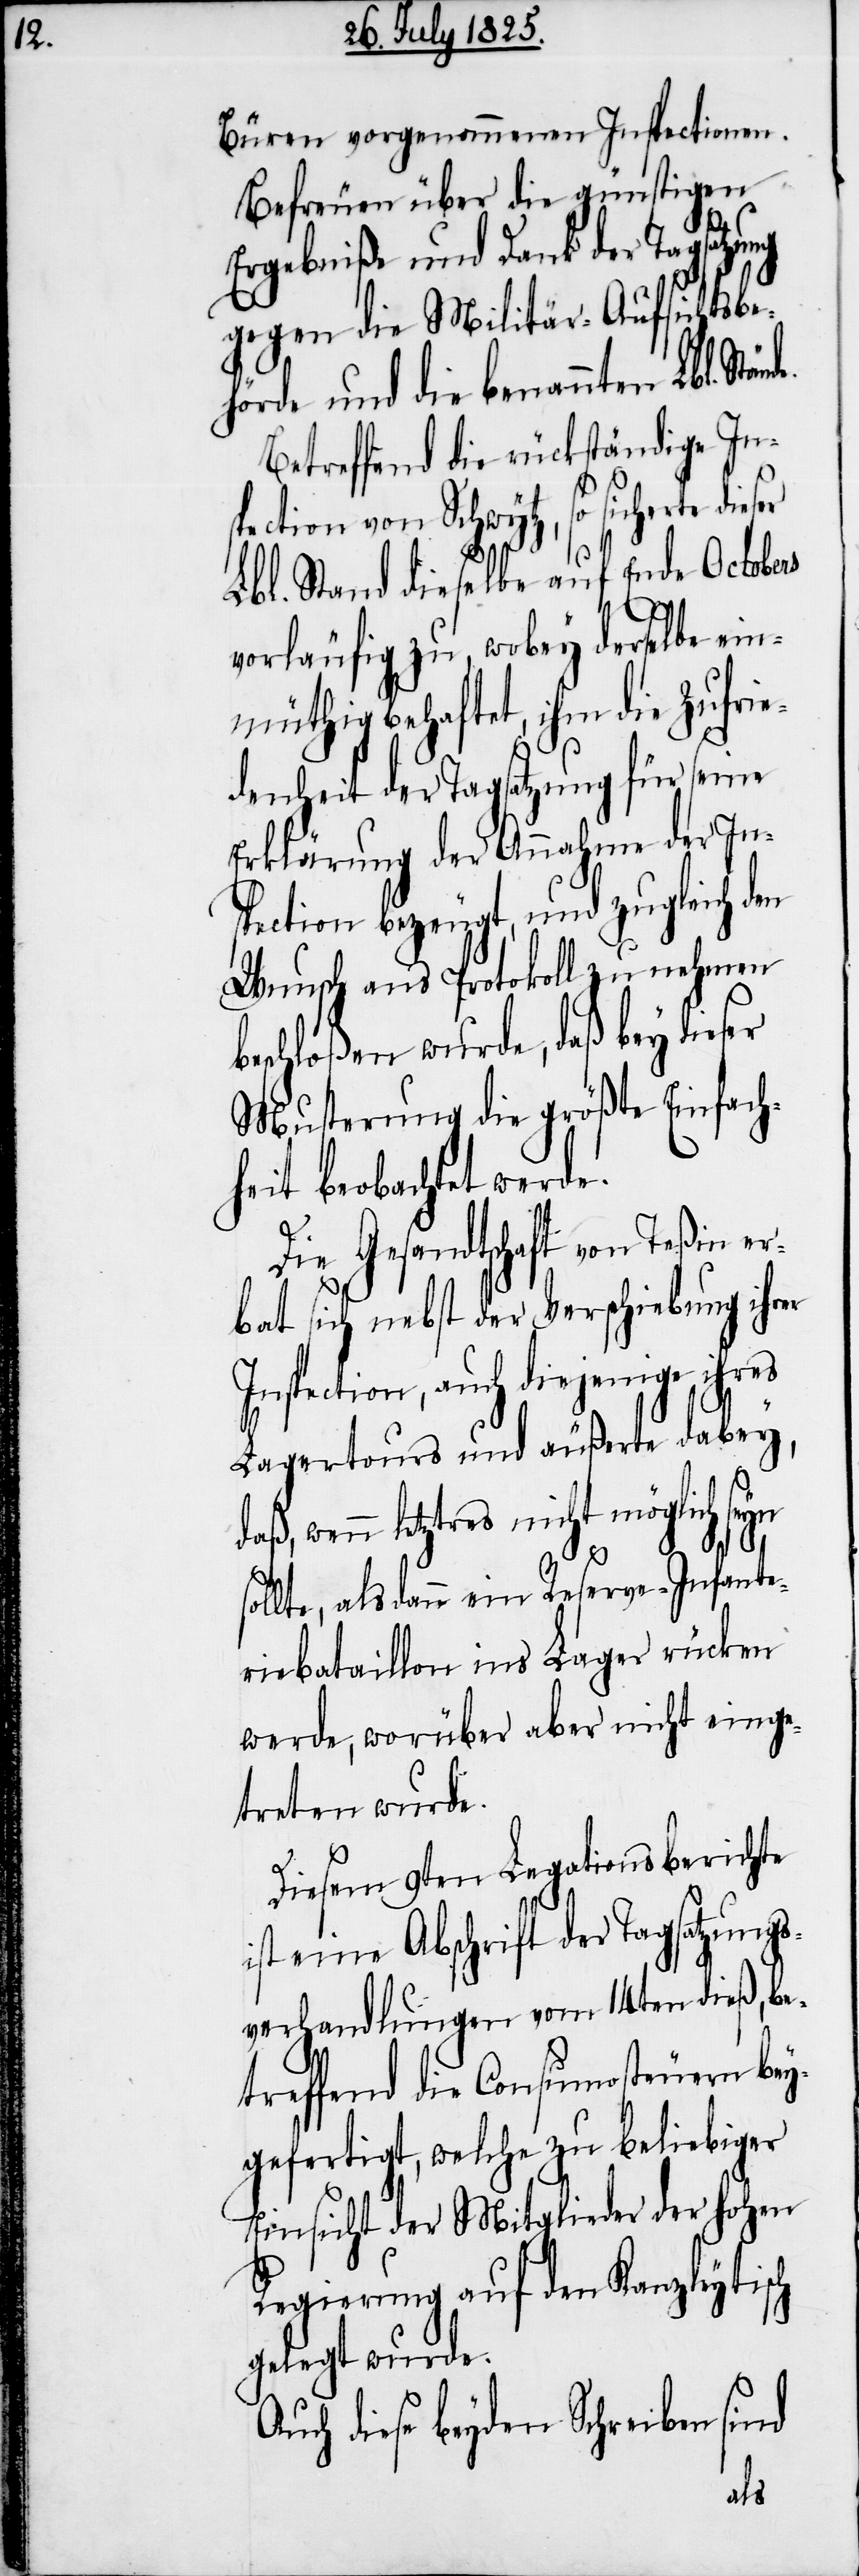
Büren vorgenommenen Inspectionen.
Befreuen über die günstigen
Ergebniße und Dank der Tagsatzung
gegen die Militär-Aufsichtsbe¬
hörde und die benannten Lbl. Stän¬
Betreffend die rückständige In¬
spection von Schwytz, so sicherte dieser
Lbl. Stand dieselbe auf Ende October
vorläufig zu wobey derselbe ein¬
müthig behaftet, ihm die Zufrie¬
denheit der Tagsatzung für seine
Erklärung der Annahme der In¬
spection bezeugt, und zugleich den
Wunsch aus Protokoll zu nehmen
eschloßen, wurde, daß bey dieser
Musterung die größte Einfach¬
heit beobachtet werde.
Die Gesandtschaft von Teßin er¬
bot sich nebst der Verschiebung ihrer
Inspection, auch diejenige ihres
Lagertours und äußerte dabey,
daß, wenn letztres nicht möglich seyn
s¬
ollte, als dann ein Reserve-Infante¬
riebataillon ins Lager rücken
werde, worüber aber nicht einge¬
treten wurde.
Diesem 9ten Legationsberichte
ist eine Abschrift der Tagsatzungs¬
verhandlungen vom 14ten dieß, be¬
treffend die Consumosteuern bey¬
gefertigt, welche zu beliebiger
Einsicht der Mitglieder der hohen
Regierung auf den Kanzleytisch
gelegt wurde.
Auch diese beyden Schreiben sind